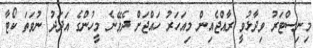
މިނިސްޓަރު ވިދާޅުވީ ރާއްޖެއިން މިއަހަރު ހައްޖަށް ދެވޭނެ މީހުންގެ އަދަދު ނުވަތަ ކޯޓާ